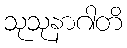
သုသုနာဂါတိ